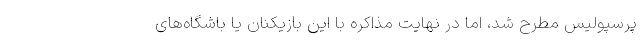
پرسپولیس مطرح شد، اما در نهایت مذاکره با این بازیکنان یا باشگاه‌های